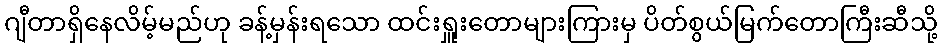
ဂျီတာရှိနေလိမ့်မည်ဟု ခန့်မှန်းရသော ထင်းရှူးတောများကြားမှ ပိတ်စွယ်မြက်တောကြီးဆီသို့